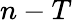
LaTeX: n-T